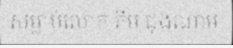
សម្លាប់លោក គីម ជុងណាម